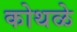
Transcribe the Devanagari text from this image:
कोथळे